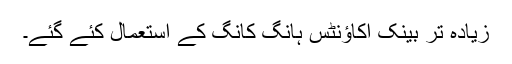
زیادہ تر بینک اکاؤنٹس ہانگ کانگ کے استعمال کئے گئے۔